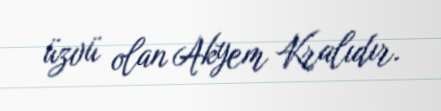
üzvü olan Akyem Kralıdır.